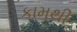
કામથી